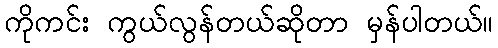
ကိုကင်း ကွယ်လွန်တယ်ဆိုတာ မှန်ပါတယ်။